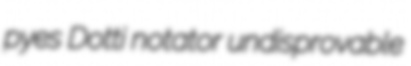
pyes Dotti notator undisprovable